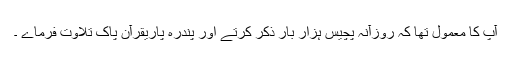
آپ کا معمول تھا کہ روزآنہ پچیس ہزار بار ذکر کرتے اور پندرہ پاریقرآن پاک تلاوت فرماے ۔